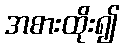
အစားထိုး၍